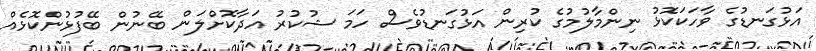
އަޅުގަނޑުގެ ވާހަކަކޮޅު ނިންމާލުމުގެ ކުރިން އަޅުގަނޑުވެސް ހަމަ ޝުކުރު އަދާކޮށްލަން ބޭނުން ބޭފުޅުންކޮޅެއް